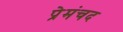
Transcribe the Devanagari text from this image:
प्रेमंचद